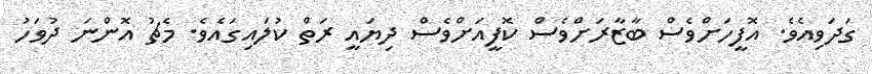
ގަަދަވިއެވެ. އޮފީހަށްވެސް ބާޒާރަށްވެސް ކޮފީއަށްވެސް ދިޔައީ ރަތް ކުލައިގައެވެ. މެޗު އޮންނަ ދުވަހު